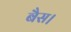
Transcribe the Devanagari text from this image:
बैस।